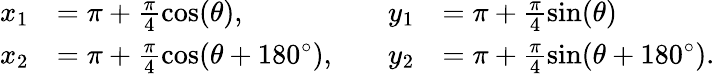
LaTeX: \begin{array}{rlrl}{x_{1}}&{=\pi+\frac{\pi}{4}\cos(\theta),}&{\quad y_{1}}&{=\pi+\frac{\pi}{4}\sin(\theta)}\\ {x_{2}}&{=\pi+\frac{\pi}{4}\cos(\theta+180^{\circ}),}&{\quad y_{2}}&{=\pi+\frac{\pi}{4}\sin(\theta+180^{\circ}).}\end{array}